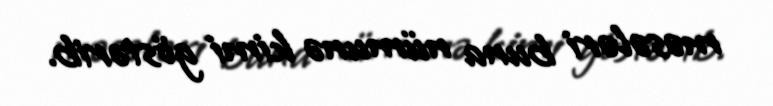
məsələri buna nümunə kimi göstərib.